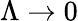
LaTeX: \Lambda\rightarrow 0